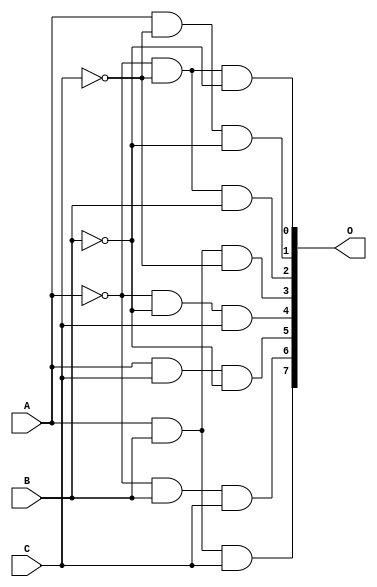
module mux3to8_de(O,A,B,C);
output [7:0] O;
input A,B,C;
wire w1,w2,w3;
not n1(w1,A);
not n2(w2,B);
not n3(w3,C);
and a1(O[0],w1,w3,w2);
and a2(O[1],A,w3,w2);
and a3(O[2],w1,w3,B);
and a4(O[3],A,B,w3);
and a5(O[4],w1,w2,C);
and a6(O[5],A,C,w2);
and a7(O[6],w1,B,C);
and a8(O[7],A,B,C);
endmodule